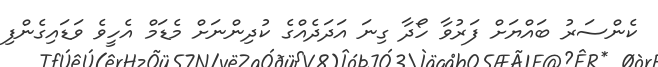
ކެންސަރު ބައްޔަށް ފަރުވާ ހޯދާ ގިނަ އަދަދެއްގެ ކުދިންނަށް މެޑަމް އެހީވެ ވަޑައިގެންފި